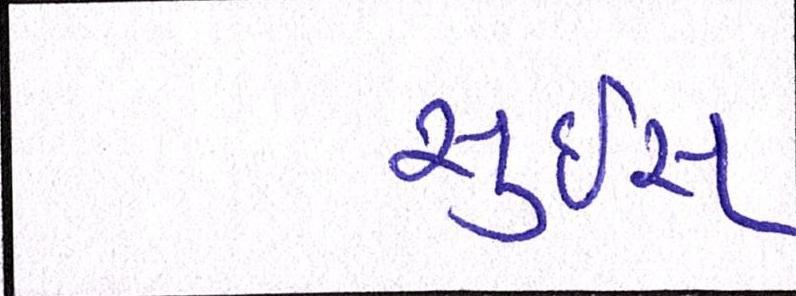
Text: સુઇસ